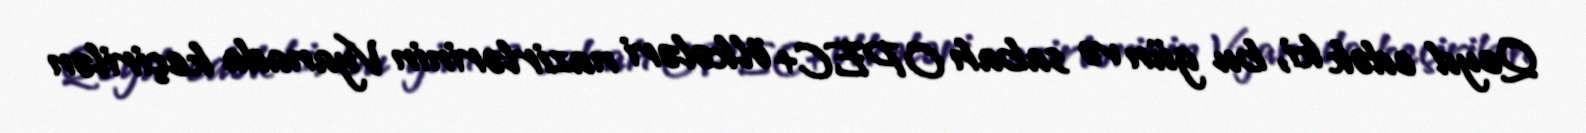
Qeyd edək ki, bu gün və sabah OPEC+ ölkələri nazirlərinin Vyanada keçirilən